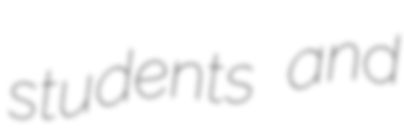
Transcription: students and